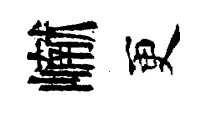
𪩘更